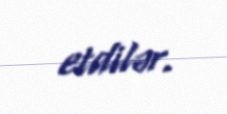
etdilər.